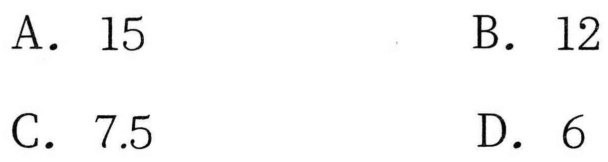
A. \(15\)
B. \(12\)
C. \(7.5\)
D. \(6\)